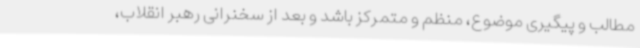
مطالب و پیگیری موضوع، منظم و متمرکز باشد و بعد از سخنرانی رهبر انقلاب،